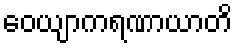
ဝေယျာကရဏာယာတိ